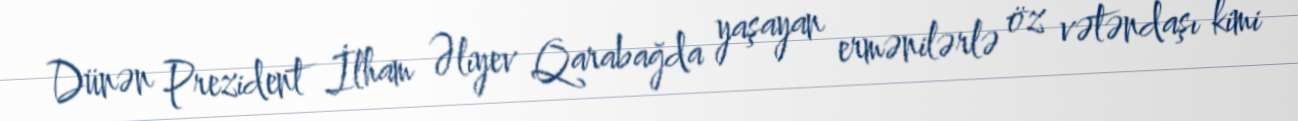
Dünən Prezident İlham Əliyev Qarabağda yaşayan ermənilərlə öz vətəndaşı kimi